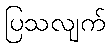
ပြသလျက်